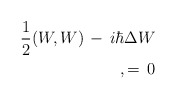
\begin{align*}{1\over 2}(W,W)\, - \, i\hbar\Delta W\\,=\,0\end{align*}